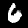
Label: 6